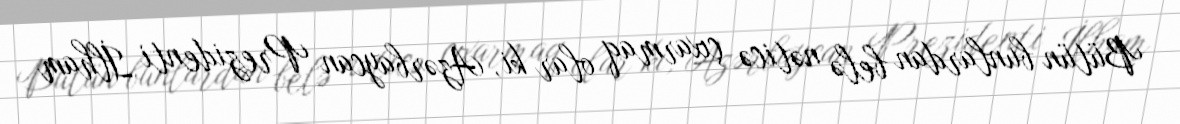
Bütün bunlardan belə nəticə çıxarmaq olar ki, Azərbaycan Prezidenti İlham